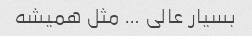
بسیار عالی … مثل همیشه